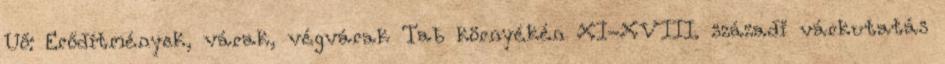
Uő: Erődítmények, várak, végvárak Tab környékén XI-XVIII. századi várkutatás